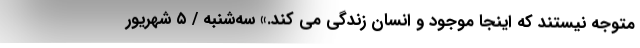
متوجه نیستند که اینجا موجود و انسان زندگی می کند.» سه‌شنبه / ۵ شهریور